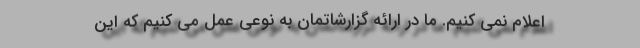
اعلام نمی کنیم. ما در ارائه گزارشاتمان به نوعی عمل می کنیم که این